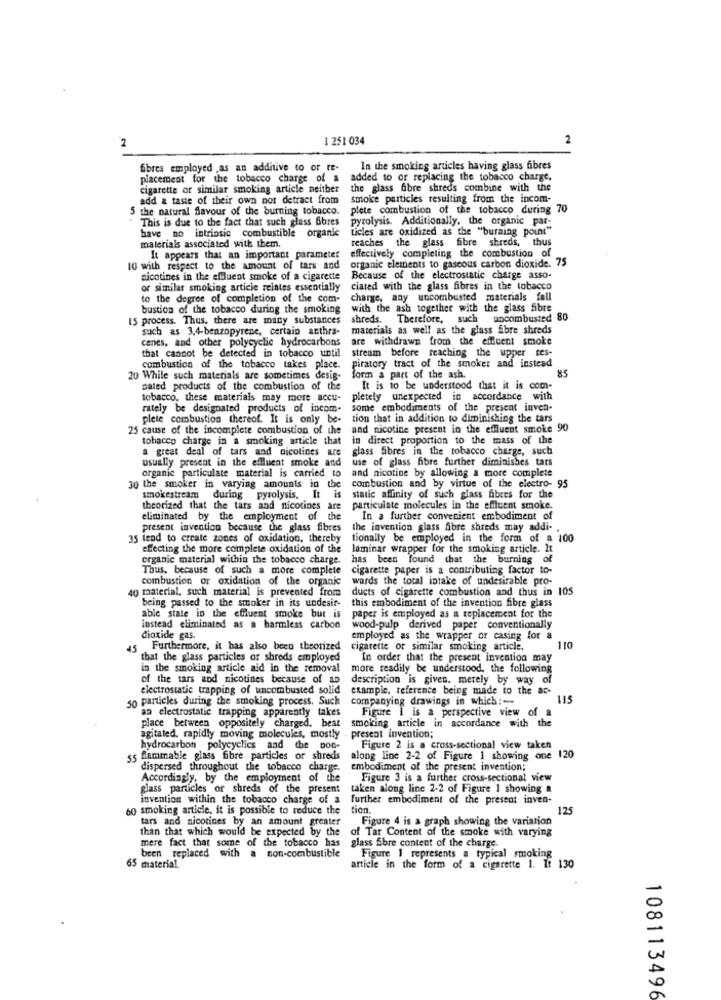
2
1 251 034
2
fibres employed .as an additive to or re-
In the smoking articles having glass fibres
placement for the tobacco charge of a
added to or replacing the tobacco charge.
cigarette or similar smoking article neither
the glass fibre shreds combine with the
add a taste of their own not detract from
smoke particles resulting from the incom-
the natural Savour of the burning tobacco.
plete combustion of the tobacco during 70
This is due to the fact that such glass 6bres
pyrolysis. Additionally, the organic par-
ticles are oxidized as the "buraing point"
have no intrinsic combustible organic
reaches the glass fibre shreds, thus
materials associated with them.
It appears that an important parameter
effectively completing the combustion of
IG with respect to the amount of tars and
organic elements to gaseous carbon dioxide. 75
nicotines in the effluent smoke of a cigarette
Because of the electrostatic charge asso-
or similar smoking article relates essentially
ciated with the glass fibres in the tobacco
to the degree of completion of the com-
charge, any uncombusted materials fall
bustion of the tobacco during the smoking
with the ash together with the glass fibre
15 process. Thus, there are many substances
shreds. Therefore, such uncombusted 80
such as 3,4-benzopyrene, certain anthra-
materials as well as the glass fibre shreds
cenes, and other polycyclic hydrocarbons
are withdrawn from the effluent smoke
stream before reaching the upper tes-
that cannot be detected in tobacco until
combustion of the tobacco takes place.
piratory tract of the smoker and instead
85
20 While such materials are sometimes desig-
form & part of the ash.
Dated products of the combustion of the
It is to be understood that it is com-
tobacco, these materials may more accu-
pletely unexpected in accordance with
rately be designated products of incom-
some embodiments of the present inven-
plete combustion thereof. It is only be-
tion that in addition to diminishing the tars
25 cause of the incomplete combustion of the
and nicotine present in the effluent smoke 90
tobacco charge in a smoking article that
in direct proportion to the mass of the
a great deal of tars and nicolines are
glass fibres in the tobacco charge, such
usually present in the effluent smoke and
use of glass fibre further diminishes tars
organic particulate material is carried to
and nicotine by allowing a more complete
30 the smoker in varying amounts in the
combustion and by virtue of the electro- 95
smokestream during
pyrolysis. It is
static affinity of such glass fibres for the
theorized that the tars and nicotines are
particulate molecules in the effluent smoke.
eliminated by the employment of the
In a further convenient embodiment of
present invention because the glass fibres
the invention glass fibre shreds may addi-
35 tend to create zones of oxidation, thereby
tionally be employed in the form of a 100
effecting the more complete oxidation of the
laminar wrapper for the smoking article. It
organic material within the tobacco charge.
has been found that the burning of
Thus, because of such a more complete
cigarette paper is a contributing factor to-
combustion or oxidation of the organic
words the total intake of undesirable pro-
40 material, such material is prevented from
ducts of cigarette combustion and thus in 105
being passed to the smoker in its undesir-
this embodiment of the invention fibre glass
able state in the effluent smoke but is
paper is employed as a replacement for the
instead eliminated as a harmless carbon
wood-pulp derived paper conventionally
dioxide gas.
employed as the wrapper or casing for a
Furthermore, it has also been theorized
cigarette or similar smoking article.
110
that the glass particles or shreds employed
In order that the present invention may
in the smoking article aid in the removal
more readily be understood, the following
of the tars and nicotines because of an
description is given. merely by way of
electrostatic trapping of uncombusted solid
example, reference being made to the ac-
50 particles during the smoking process. Such
companying drawings in which :-
115
Figure | is a perspective view of
as electrostatic trapping apparently takes
smoking article in accordance with the
place between oppositely charged. beat
agitated. rapidly moving molecules, mostly
present invention;
hydrocarbon polycyclics and the Doc-
Figure 2 is a cross-sectional view taken
55 flammable glass fibre particles or shreds
along line 2-2 of Figure 1 showing one 120
dispersed throughout the tobacco charge.
embodiment of the present invention;
Accordingly, by the employment of the
Figure 3 is a further cross-sectional view
glass particles or shreds of the present
taken along line 2-2 of Figure 1 showing a
invention within the tobacco charge of a
further embodiment of the present inven-
60 smoking article, it is possible to reduce the
tion
125
tars and nicotines by an amount greater
Figure 4 is a graph showing the variation
than that which would be expected by the
of Tar Content of the smoke with varying
mere fact that some of the tobacco has
glass fibre content of the charge.
been replaced with a non-combustible
Figure 1 represents a typical smoking
65 material.
article in the form of a cigarette 1. It 130
108113496